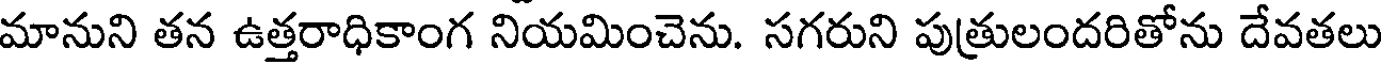
మానుని తన ఉత్తరాధికాంగ నియమించెను. సగరుని పుత్రులందరితోను దేవతలు